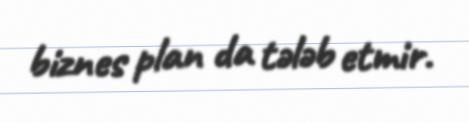
biznes plan da tələb etmir.